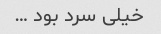
خیلی سرد بود …